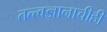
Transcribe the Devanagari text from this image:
तत्त्वज्ञानाचीही